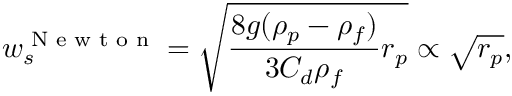
w _ { s } ^ { \textrm { N e w t o n } } = \sqrt { \frac { 8 g ( \rho _ { p } - \rho _ { f } ) } { 3 C _ { d } \rho _ { f } } r _ { p } } \propto \sqrt { r _ { p } } ,